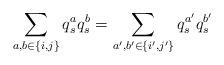
LaTeX: \begin{align*}\sum_{a,b\in \{i,j\}}q_s^aq_s^b=\sum_{a',b'\in \{i',j'\}}q^{a'}_sq^{b'}_s\end{align*}